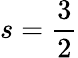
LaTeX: s=\frac{3}{2}